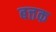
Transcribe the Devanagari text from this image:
बत्तक